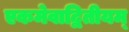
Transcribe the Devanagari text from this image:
एकमेवाद्वितीयम्‌